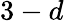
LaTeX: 3-d